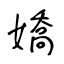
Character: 嬌